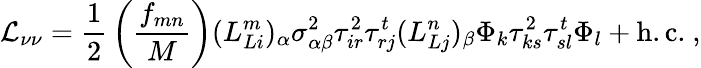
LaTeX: {\mathcal{L}}_{\nu\nu}={\frac{1}{2}}\left(\frac{f_{mn}}{M}\right)(L_{Li}^{m})_{\alpha}\sigma_{\alpha\beta}^{2}\tau_{ir}^{2}\tau_{rj}^{t}(L_{Lj}^{n})_{\beta}\Phi_{k}\tau_{ks}^{2}\tau_{sl}^{t}\Phi_{l}+\mathrm{h.c.}~,